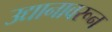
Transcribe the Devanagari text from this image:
उद्यानावरून